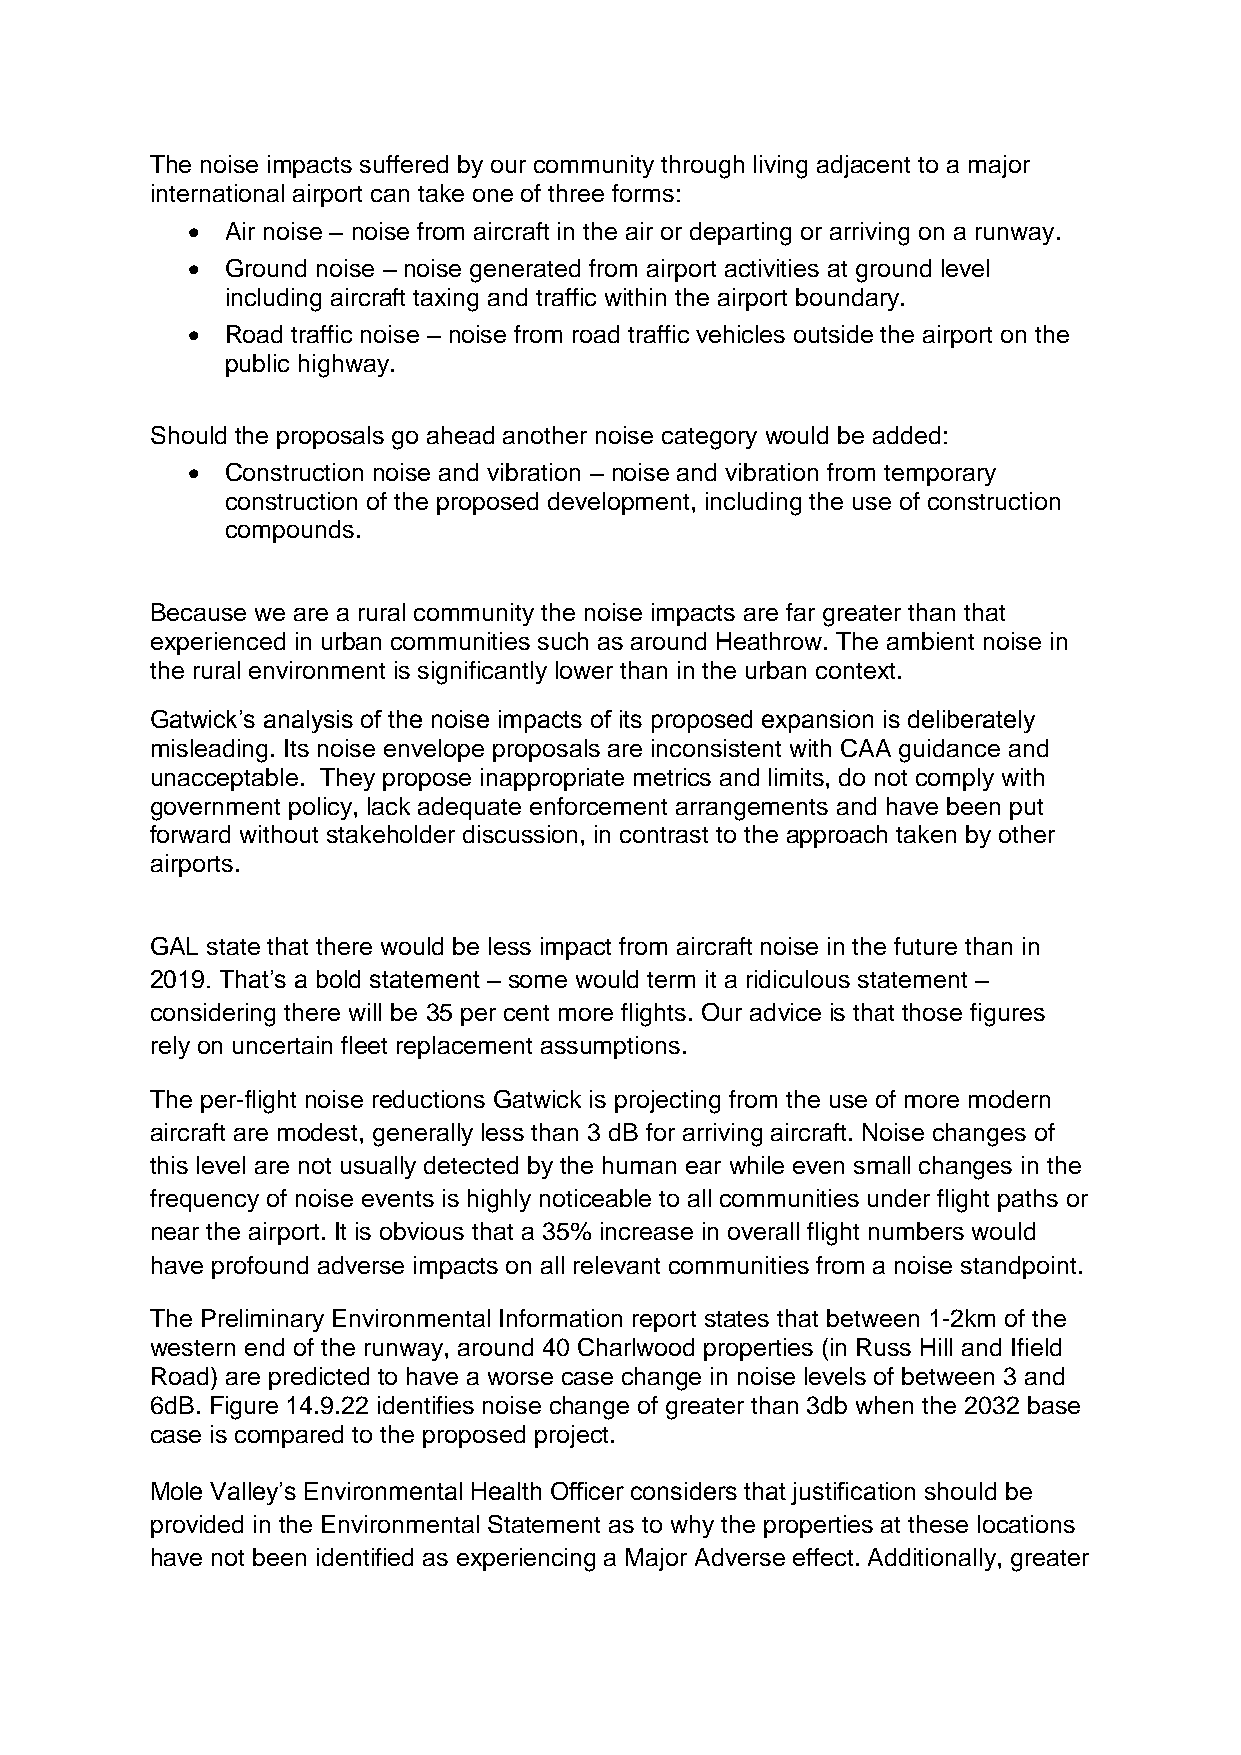
The noise impacts suffered by our community through living adjacent to a major
 international airport can take one of three forms:
   Air noise – noise from aircraft in the air or departing or arriving on a runway.
   Ground noise – noise generated from airport activities at ground level
 including aircraft taxing and traffic within the airport boundary.
   Road traffic noise – noise from road traffic vehicles outside the airport on the
 public highway.
 Should the proposals go ahead another noise category would be added:
   Construction noise and vibration – noise and vibration from temporary
 construction of the proposed development, including the use of construction
 compounds.
 Because we are a rural community the noise impacts are far greater than that
 experienced in urban communities such as around Heathrow. The ambient noise in
 the rural environment is significantly lower than in the urban context.
 Gatwick’s analysis of the noise impacts of its proposed expansion is deliberately
 misleading. Its noise envelope proposals are inconsistent with CAA guidance and
 unacceptable. They propose inappropriate metrics and limits, do not comply with
 government policy, lack adequate enforcement arrangements and have been put
 forward without stakeholder discussion, in contrast to the approach taken by other
 airports.
 GAL state that there would be less impact from aircraft noise in the future than in
 2019. That’s a bold statement – some would term it a ridiculous statement –
 considering there will be 35 per cent more flights. Our advice is that those figures
 rely on uncertain fleet replacement assumptions.
 The per-flight noise reductions Gatwick is projecting from the use of more modern
 aircraft are modest, generally less than 3 dB for arriving aircraft. Noise changes of
 this level are not usually detected by the human ear while even small changes in the
 frequency of noise events is highly noticeable to all communities under flight paths or
 near the airport. It is obvious that a 35% increase in overall flight numbers would
 have profound adverse impacts on all relevant communities from a noise standpoint.
 The Preliminary Environmental Information report states that between 1-2km of the
 western end of the runway, around 40 Charlwood properties (in Russ Hill and Ifield
 Road) are predicted to have a worse case change in noise levels of between 3 and
 6dB. Figure 14.9.22 identifies noise change of greater than 3db when the 2032 base
 case is compared to the proposed project.
 Mole Valley’s Environmental Health Officer considers that justification should be
 provided in the Environmental Statement as to why the properties at these locations
 have not been identified as experiencing a Major Adverse effect. Additionally, greater